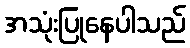
အသုံးပြုနေပါသည်